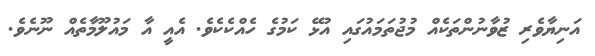
އަނިޔާވެރި ޒުވާނުންތަކެއް މުޖުތަމައުގައި އުޅޭ ކަމުގެ ހެއްކެކެވެ. އެއީ އާ މައުލޫމާތެއް ނޫނެވެ.